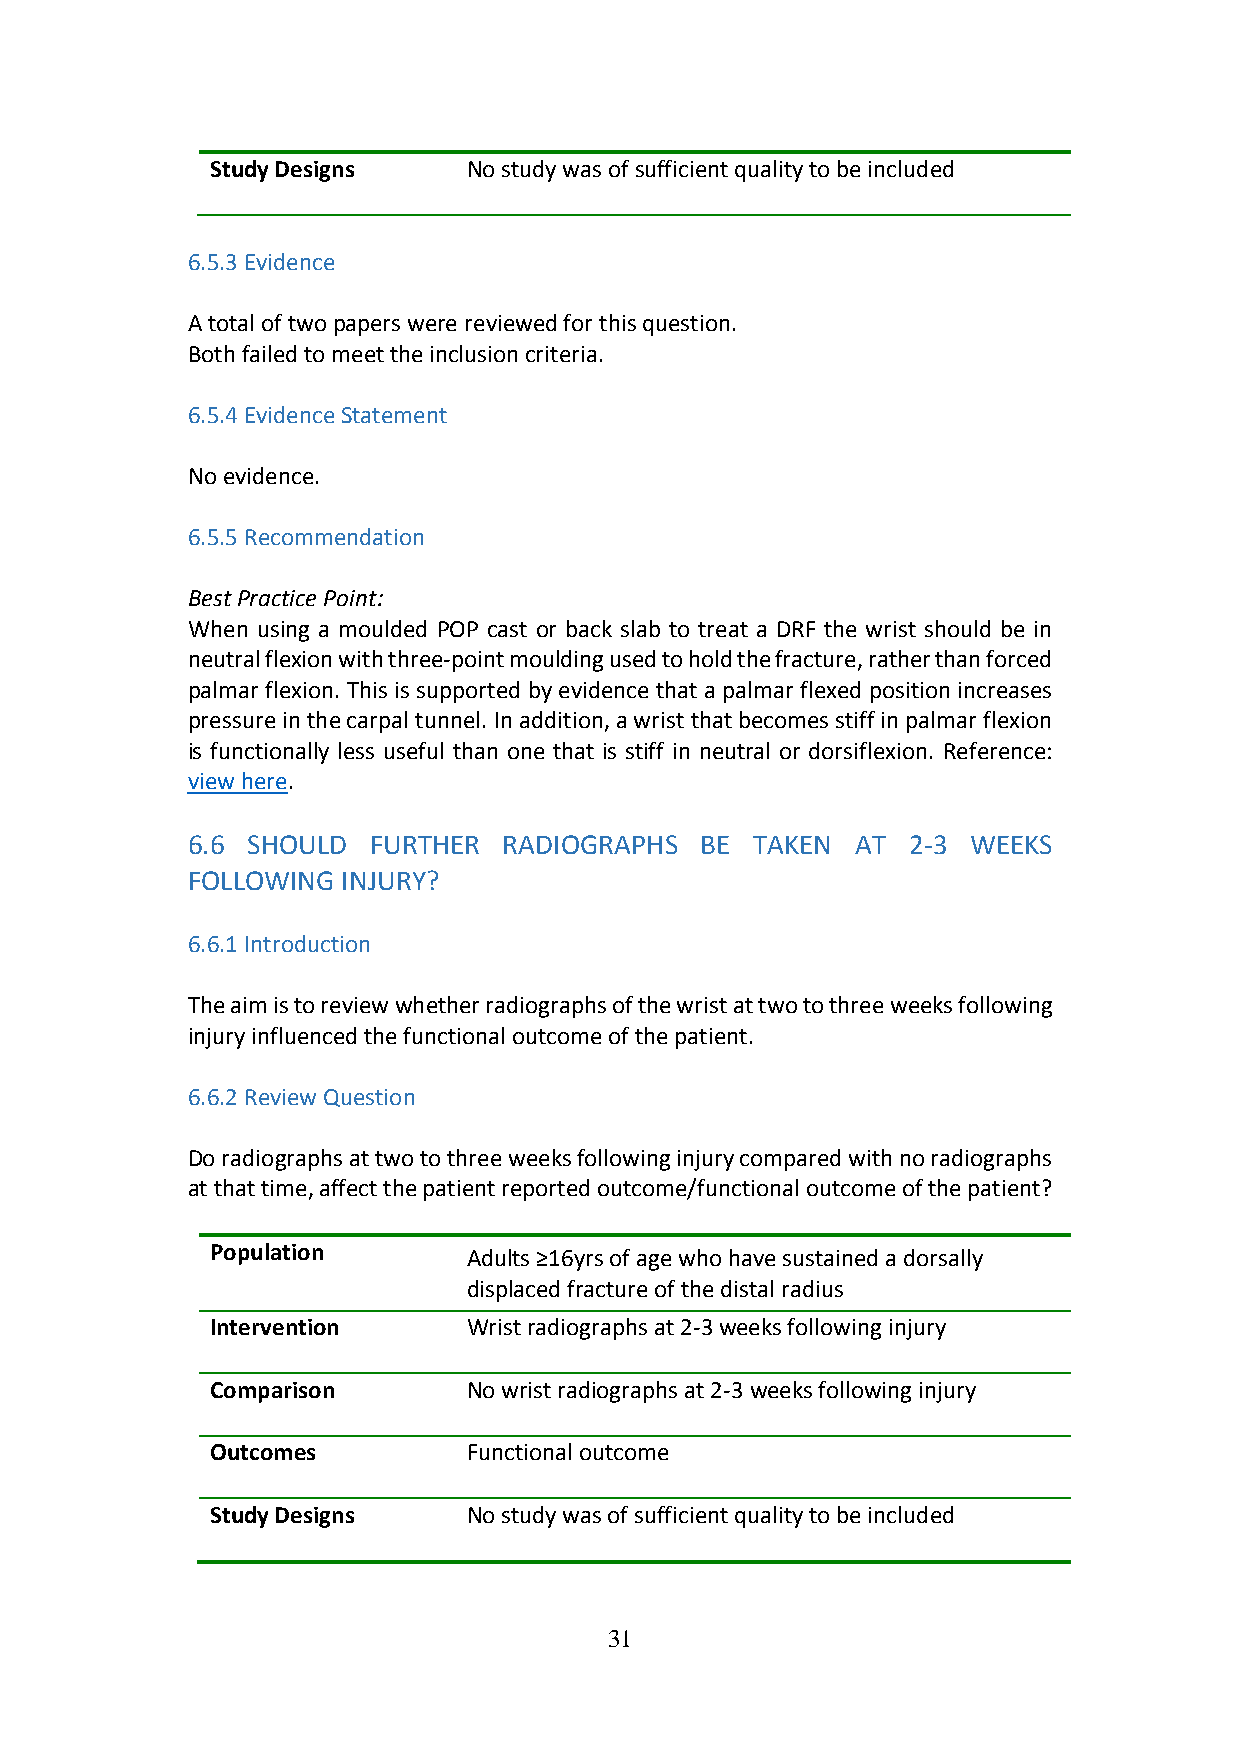
Study Designs    No study was of sufficient quality to be included
 6.5.3 Evidence
 A total of two papers were reviewed for this question.
 Both failed to meet the inclusion criteria.
 6.5.4 Evidence Statement
 No evidence.
 6.5.5 Recommendation
 Best Practice Point:
 When using a moulded POP cast or back slab to treat a DRF the wrist should be in
 neutral flexion with three-point moulding used to hold the fracture, rather than forced
 palmar flexion. This is supported by evidence that a palmar flexed position increases
 pressure in the carpal tunnel. In addition, a wrist that becomes stiff in palmar flexion
 is functionally less useful than one that is stiff in neutral or dorsiflexion. Reference:
 view here.
 6.6 SHOULD  FURTHER  RADIOGRAPHS  BE  TAKEN  AT 2-3 WEEKS
 FOLLOWING  INJURY?
 6.6.1 Introduction
 The aim is to review whether radiographs of the wrist at two to three weeks following
 injury influenced the functional outcome of the patient.
 6.6.2 Review Question
 Do radiographs at two to three weeks following injury compared with no radiographs
 at that time, affect the patient reported outcome/functional outcome of the patient?
 Population       Adults ≥16yrs of age who have sustained a dorsally
 displaced fracture of the distal radius
 Intervention     Wrist radiographs at 2-3 weeks following injury
 Comparison       No wrist radiographs at 2-3 weeks following injury
 Outcomes         Functional outcome
 Study Designs    No study was of sufficient quality to be included
 31